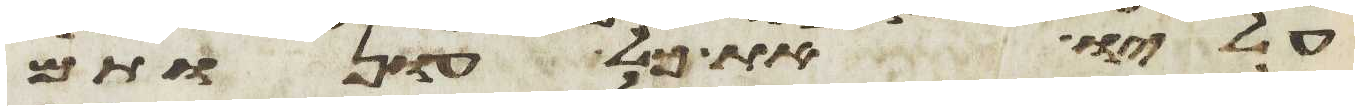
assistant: עליו את כל עונות